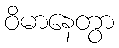
ဝိမာနေတွာ